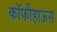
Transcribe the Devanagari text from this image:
कॉफीहाऊस